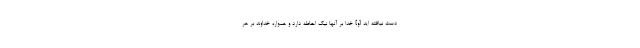
دست نيافته ايد [و] خدا بر آنها نيك احاطه دارد و همواره خداوند بر هر